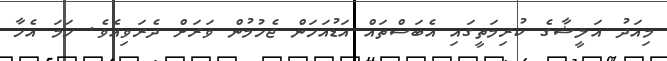
މިއަދު އަލީޝާގެ ކުރިމަތީގައި އެބަސްތައް އަޑުއަހަން ޖެހުމުން ވަރަށް ދެރަވިއެވެ. ހަމަ އެހާ